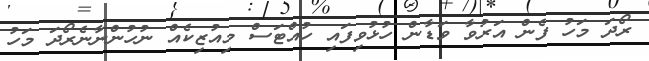
ރޯދަ މަހު ފެން އަރުވާ ވަޑާން ހުޅުވިފައި ހުއްޓަސް މިއުޒިކެއް ނުހުންނާނެރޯދަ މަހު